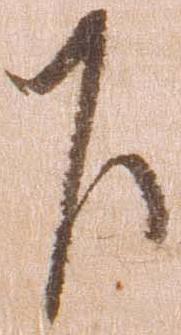
下